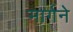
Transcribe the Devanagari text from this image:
मार्गने